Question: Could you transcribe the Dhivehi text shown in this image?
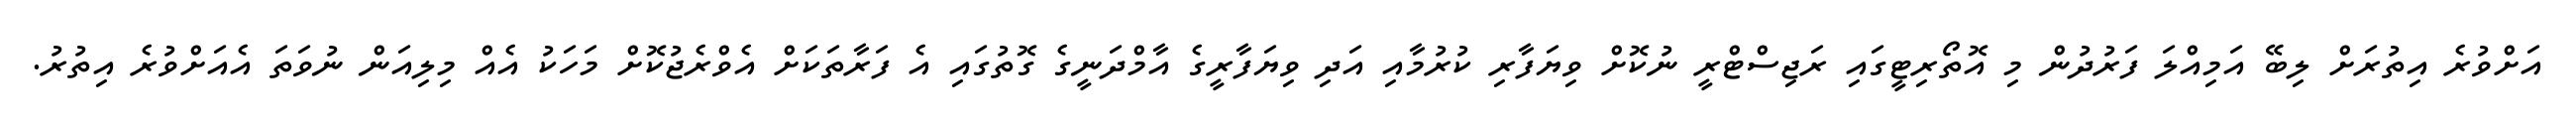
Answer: އަށްވުރެ އިތުރަށް ލިބޭ އަމިއްލަ ފަރުދުން މި އޮތޯރިޓީގައި ރަޖިސްޓްރީ ނުކޮށް ވިޔަފާރި ކުރުމާއި އަދި ވިޔަފާރީގެ އާމްދަނީގެ ގޮތުގައި އެ ފަރާތަކަށް އެވްރެޖުކޮށް މަހަކު އެއް މިލިއަން ނުވަތަ އެއަށްވުރެ އިތުރު.